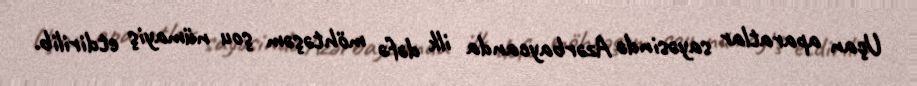
Uçan aparatlar sayəsində Azərbaycanda ilk dəfə möhtəşəm şou nümayiş etdirilib.